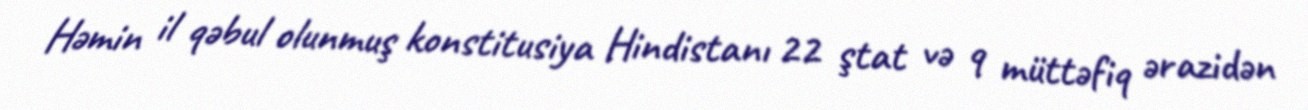
Həmin il qəbul olunmuş konstitusiya Hindistanı 22 ştat və 9 müttəfiq ərazidən